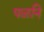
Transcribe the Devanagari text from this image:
पळनि